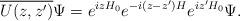
LaTeX: \begin{align*}\overline{U(z,z')}\Psi = e^{izH_0}e^{-i(z-z')H}e^{iz'H_0}\Psi.\end{align*}